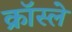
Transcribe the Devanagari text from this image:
क्रॉस्ले